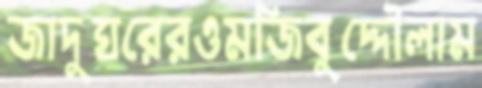
জাদুঘরেরওমজিবুদ্দৌলাম